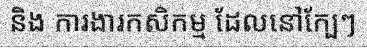
និង ការងារកសិកម្ម ដែលនៅក្បែៗ